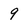
Character: 9